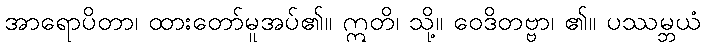
အာရောပိတာ၊ ထားတော်မူအပ်၏။ ဣတိ၊ သို့။ ဝေဒိတဗ္ဗာ၊ ၏။ ပဿမ္ဘယံ